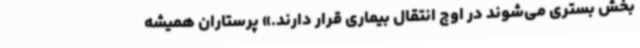
بخش بستری می‌شوند در اوج انتقال بیماری قرار دارند.» پرستاران همیشه